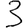
Digit: 3